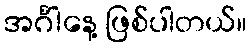
အင်္ဂါနေ့ ဖြစ်ပါတယ်။